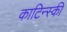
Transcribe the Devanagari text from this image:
काटिन्स्की